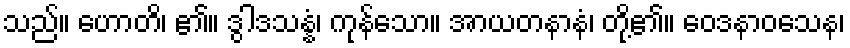
သည်။ ဟောတိ၊ ၏။ ဒွါဒသန္နံ၊ ကုန်သော။ အာယတနာနံ၊ တို့၏။ ဝေဒနာဝသေန၊